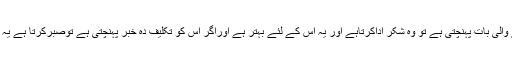
”اگر اسے کوئی خوش کردینے والی بات پہنچتی ہے تو وہ شکر اداکرتاہے اور یہ اس کے لئے بہتر ہے اوراگر اس کو تکلیف دہ خبر پہنچتی ہے توصبرکرتا ہے یہ بھی اس کے حق میں بہتر ہے۔